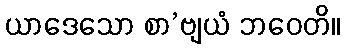
ယာဒေသော စာ’ဗျယံ ဘဝေတိ။